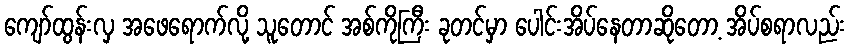
ကျော်ထွန်းလှ အဖေရောက်လို့ သူတောင် အစ်ကိုကြီး ခုတင်မှာ ပေါင်းအိပ်နေတာဆိုတော့ အိပ်စရာလည်း